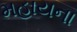
મહાયના